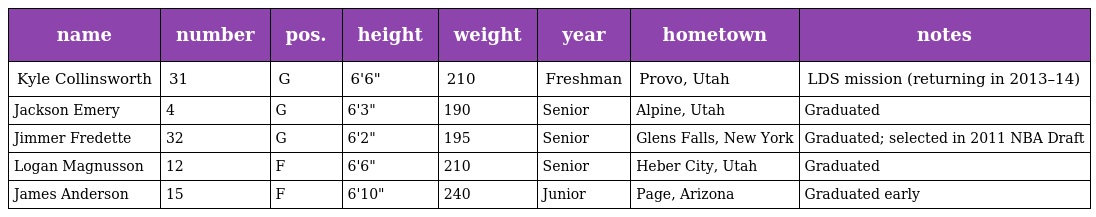
| name | number | pos. | height | weight | year | hometown | notes |
 | --- | --- | --- | --- | --- | --- | --- | --- |
 | Kyle Collinsworth | 31 | G | 6'6" | 210 | Freshman | Provo, Utah | LDS mission (returning in 2013–14) |
 | Jackson Emery | 4 | G | 6'3" | 190 | Senior | Alpine, Utah | Graduated |
 | Jimmer Fredette | 32 | G | 6'2" | 195 | Senior | Glens Falls, New York | Graduated; selected in 2011 NBA Draft |
 | Logan Magnusson | 12 | F | 6'6" | 210 | Senior | Heber City, Utah | Graduated |
 | James Anderson | 15 | F | 6'10" | 240 | Junior | Page, Arizona | Graduated early |